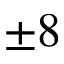
\pm 8